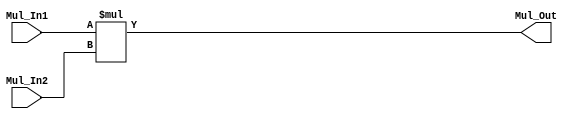
module Multiplier (
    input [3:0] Mul_In1, Mul_In2,
    output [7:0] Mul_Out
);
    assign Mul_Out = Mul_In1 * Mul_In2;
endmodule

module Adder (
    input [10:0] Add_In1, Add_In2,
    output [10:0] Add_Out
);
    assign Add_Out = Add_In1 + Add_In2;
endmodule

module In_Mux (
    input [3:0] In_0, In_1, In_2, In_3, In_4,
    input [2:0] sel,
    output reg [3:0] Out
);
    always @*
    case (sel)
        3'b000: Out <= In_0;
        3'b001: Out <= In_1;
        3'b010: Out <= In_2;
        3'b011: Out <= In_3;
        3'b100: Out <= In_4;
        default: Out <= 0;
    endcase;
endmodule

module OutMux (
    input [10:0] In_0, In_1, In_2, In_3, In_4,
    input [2:0] sel,
    output reg [10:0] Out
);
    always @*
    case (sel)
        3'b000: Out = In_0;
        3'b001: Out = In_1;
        3'b010: Out = In_2;
        3'b011: Out = In_3;
        3'b100: Out = In_4;
        default: Out = 11'b0;
    endcase;
endmodule

module Q3 (
    input clk,
    input [3:0] x_0, x_1, x_2, x_3, x_4, x_5, x_6, x_7, x_8, x_9, h_0, h_1, h_2, h_3, h_4, h_5, h_6, h_7, h_8, h_9,
    output reg [10:0] out
);
    reg [3:0] counter = 4'b0000;
    reg [2:0] sel_i, sel_j;
    reg [10:0] a0, a1, a2, a3, a4, a5, a6, a7;

    wire [3:0] MulIn1, MulIn2, MulIn3, MulIn4;
    wire [7:0] MulOut1, MulOut2;
    wire [10:0] AddIn1, AddIn2, AddOut;

    In_Mux I1(x_0, x_2, x_4, x_6, x_8, sel_i, MulIn1);
    In_Mux I2(h_0, h_2, h_4, h_6, h_8, sel_i, MulIn2);

    In_Mux I3(x_1, x_3, x_5, x_7, x_9, sel_i, MulIn3);
    In_Mux I4(h_1, h_3, h_5, h_7, h_9, sel_i, MulIn4);

    Multiplier M1(MulIn1, MulIn2, MulOut1);
    Multiplier M2(MulIn3, MulIn4, MulOut2);

    OutMux O1({3'b000,MulOut1}, a0, a1, a2, a3, sel_j, AddIn1);
    OutMux O2({3'b000,MulOut2}, a4, a5, a6, a7, sel_j, AddIn2);

    Adder A1(AddIn1, AddIn2, AddOut);

    always @(posedge clk) begin
        counter <= (counter == 4'b1000) ? 4'b0000 : counter + 1;
        sel_i <= (counter == 4'b1000) ? 3'b000 : sel_i + 1;
        sel_j <= (counter < 4'b0100 || counter == 4'b1000) ? 3'b000 : sel_j + 1;
    end

    always @(x_0, x_1, x_2, x_3, x_4, x_5, x_6, x_7, x_8, x_9, h_0, h_1, h_2, h_3, h_4, h_5, h_6, h_7, h_8, h_9) begin
        counter<=4'b0000;
        sel_i <= 3'b000;
        sel_j <= 3'b000;
        out <= 0;
    end

    always @* begin
        case (counter)
            4'd0: a0 <= AddOut;
            4'd1: a1 <= AddOut;
            4'd2: a2 <= AddOut;
            4'd3: a3 <= AddOut;
            4'd4: a4 <= AddOut;
            4'd5: a5 <= AddOut;
            4'd6: a6 <= AddOut;
            4'd7: a7 <= AddOut;
            4'd8: out <= AddOut;
        endcase
    end
endmodule